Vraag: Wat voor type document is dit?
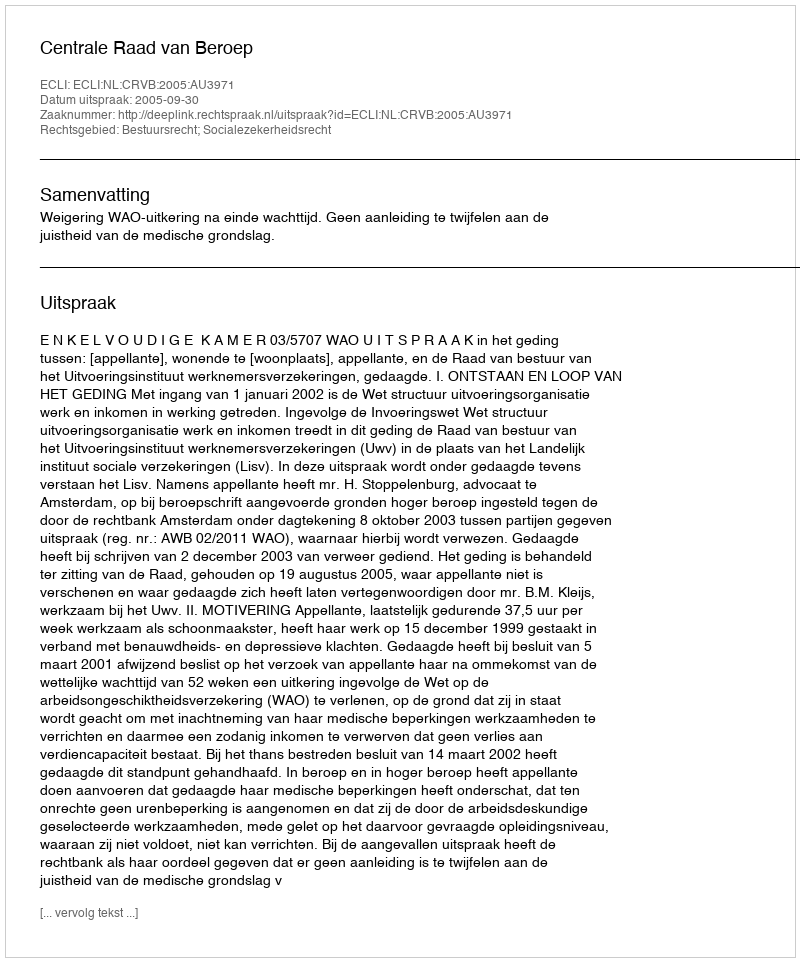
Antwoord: Uitspraak